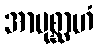
အာပုစ္ဆာဟံ